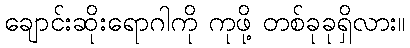
ချောင်းဆိုးရောဂါကို ကုဖို့ တစ်ခုခုရှိလား။